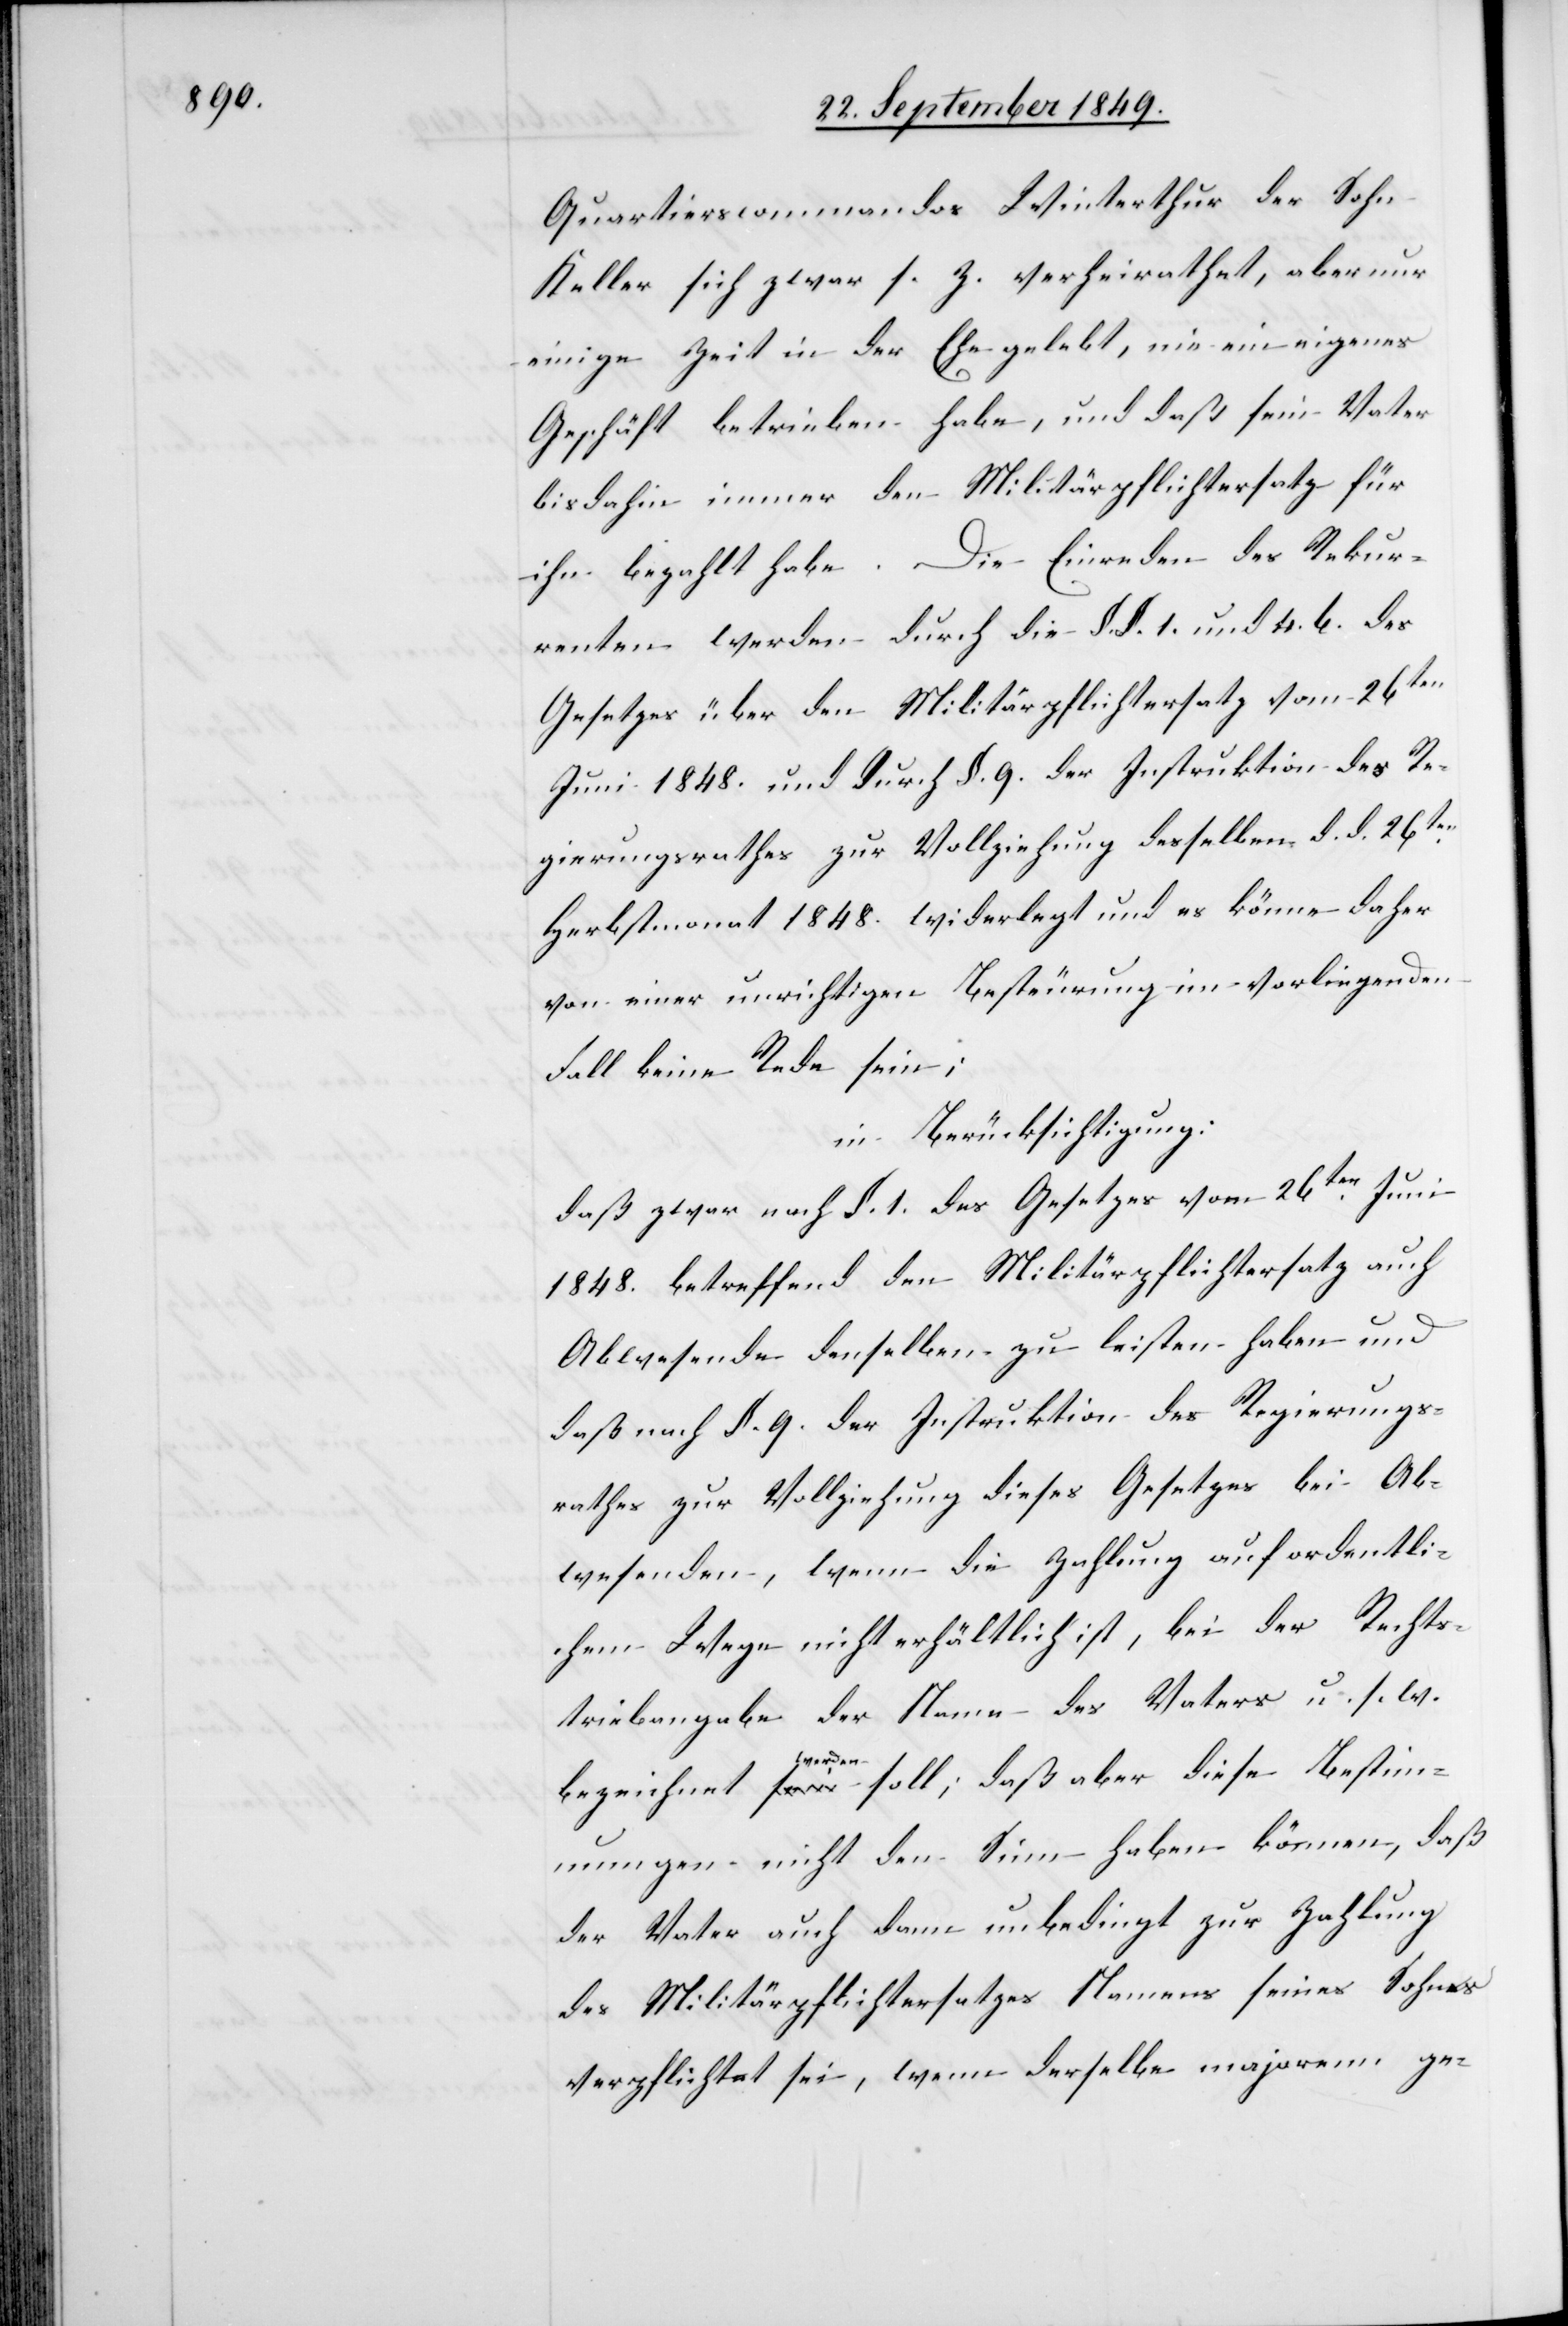
Quartierscommandos Winterthur der Sohn
Keller sich zwar s. Z. verheirathet, aber nur
einige Zeit in der Ehe gelebt, nie ein eigenes
Geschäft betrieben habe, und daß sein Vater
bisdahin immer den Militärpflichtersatz für
ihn bezahlt habe. Die Einreden des Rekur¬
renten werden durch die §. §. 1. und 4. b. des
Gesetzes über den Militärpflichtersatz vom 26ten
Juni 1848. und durch §. 9. der Instruktion des Re¬
gierungsrathes zur Vollziehung desselben d. d. 26ten
Herbstmonat 1848. widerlegt und es könne daher
von einer unrichtigen Besteurung im vorliegenden
Fall keine Rede sein;
in Berücksichtigung:
daß zwar nach §. 1. des Gesetzes vom 26ten Juni
1848. betreffend den Militärpflichtersatz auch
Abwesende denselben zu leisten haben und
daß nach §. 9. der Instruktion des Regierungs¬
rathes zur Vollziehung dieses Gesetzes bei Ab¬
wesenden, wenn die Zahlung auf ordentli¬
chem Wege nicht erhältlich ist, bei der Rechts¬
treibangabe der Name des Vaters u. s. w.
bezeichnet werden soll; daß aber diese Bestim¬
mungen nicht den Sinne haben können, daß
der Vater auch dann unbedingt zur Zahlung
des Militärpflichtersatzes Namens seines Sohnes
verpflichtet sei, wenn derselbe majorenn ge-